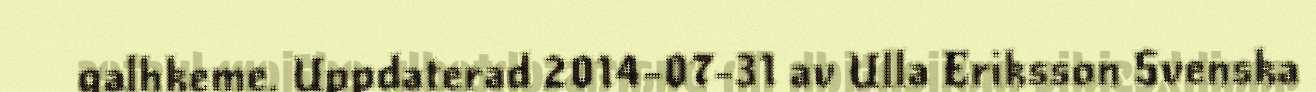
galhkeme. Uppdaterad 2014-07-31 av Ulla Eriksson Svenska